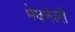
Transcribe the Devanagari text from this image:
मेक्नेली